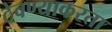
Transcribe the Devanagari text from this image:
ठेवण्याकरता